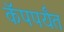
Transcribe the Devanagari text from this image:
कॅपपर्यंत